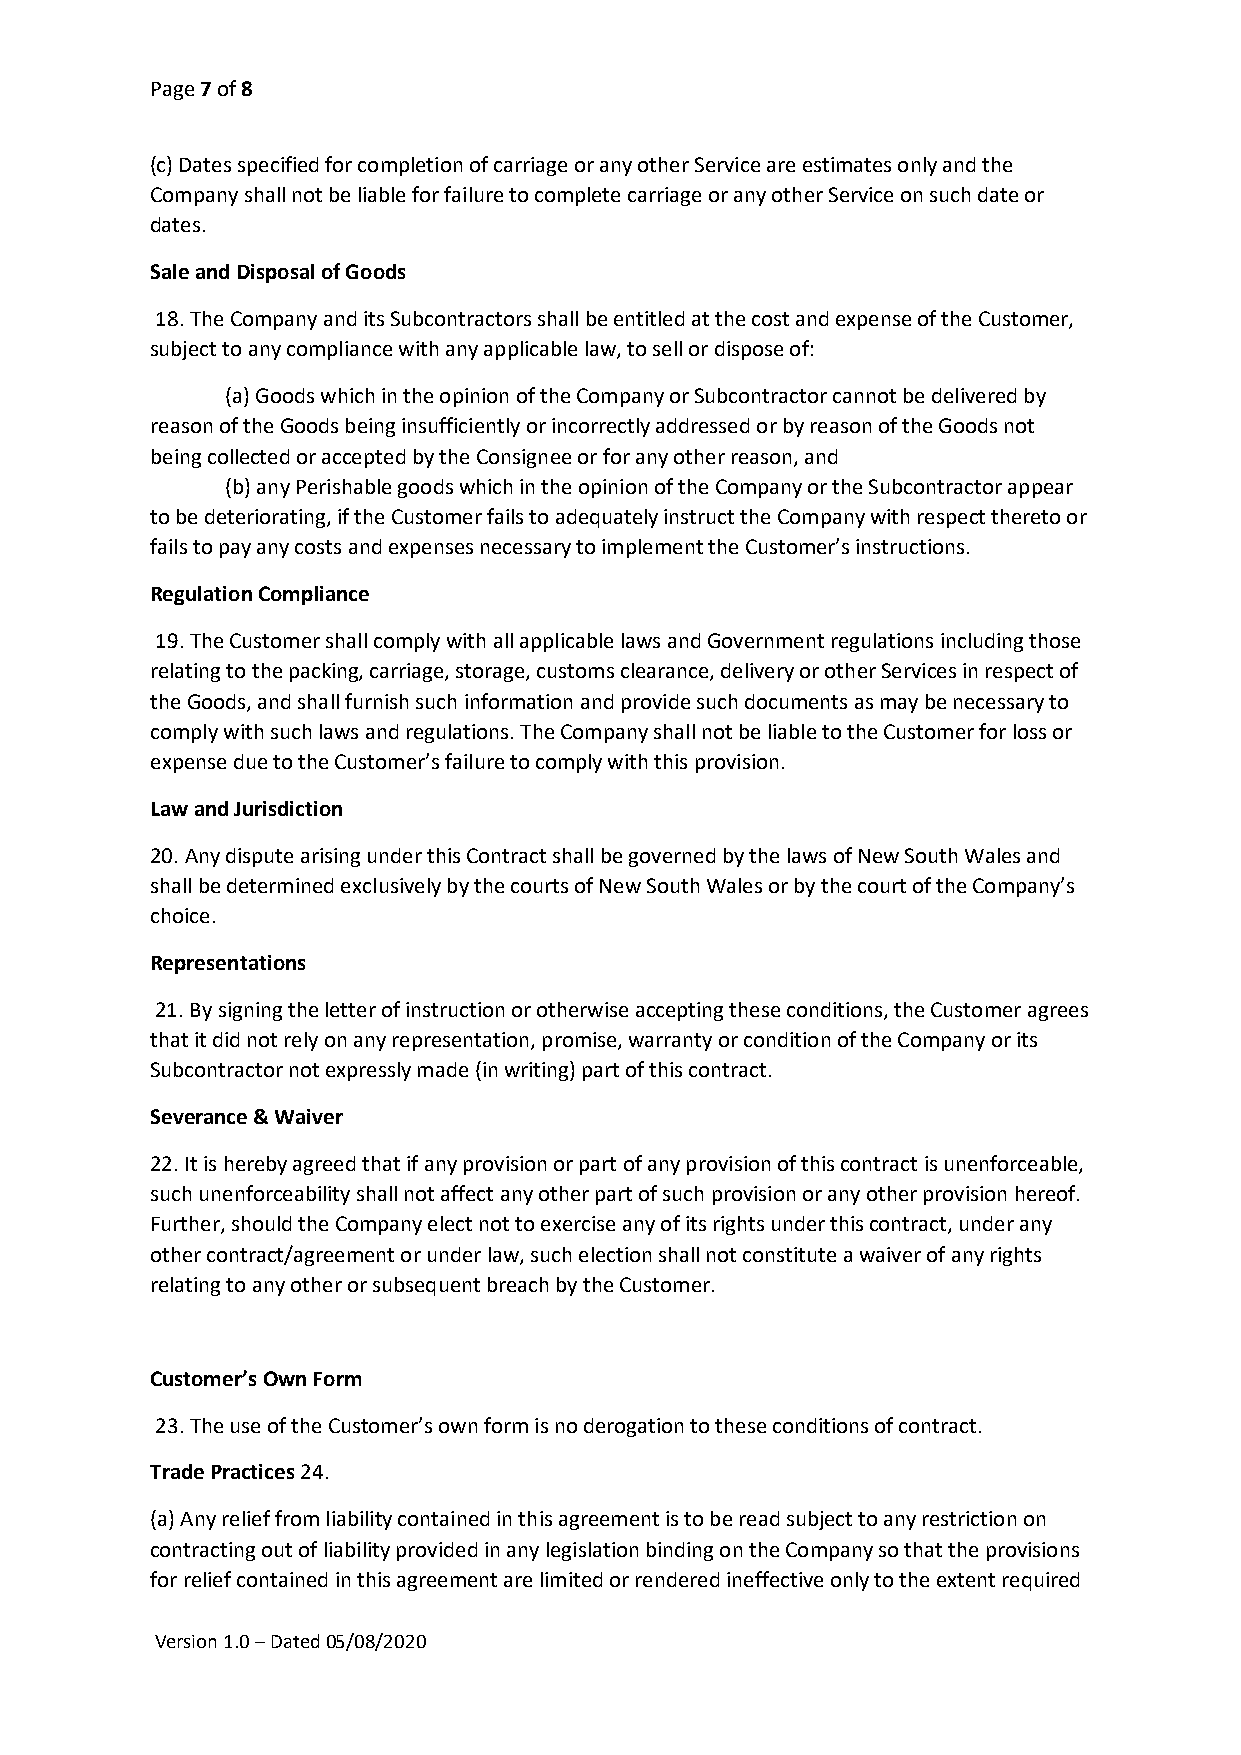
Page 7 of 8
 (c) Dates specified for completion of carriage or any other Service are estimates only and the
 Company shall not be liable for failure to complete carriage or any other Service on such date or
 dates.
 Sale and Disposal of Goods
 18. The Company and its Subcontractors shall be entitled at the cost and expense of the Customer,
 subject to any compliance with any applicable law, to sell or dispose of:
 (a) Goods which in the opinion of the Company or Subcontractor cannot be delivered by
 reason of the Goods being insufficiently or incorrectly addressed or by reason of the Goods not
 being collected or accepted by the Consignee or for any other reason, and
 (b) any Perishable goods which in the opinion of the Company or the Subcontractor appear
 to be deteriorating, if the Customer fails to adequately instruct the Company with respect thereto or
 fails to pay any costs and expenses necessary to implement the Customer’s instructions.
 Regulation Compliance
 19. The Customer shall comply with all applicable laws and Government regulations including those
 relating to the packing, carriage, storage, customs clearance, delivery or other Services in respect of
 the Goods, and shall furnish such information and provide such documents as may be necessary to
 comply with such laws and regulations. The Company shall not be liable to the Customer for loss or
 expense due to the Customer’s failure to comply with this provision.
 Law and Jurisdiction
 20. Any dispute arising under this Contract shall be governed by the laws of New South Wales and
 shall be determined exclusively by the courts of New South Wales or by the court of the Company’s
 choice.
 Representations
 21. By signing the letter of instruction or otherwise accepting these conditions, the Customer agrees
 that it did not rely on any representation, promise, warranty or condition of the Company or its
 Subcontractor not expressly made (in writing) part of this contract.
 Severance & Waiver
 22. It is hereby agreed that if any provision or part of any provision of this contract is unenforceable,
 such unenforceability shall not affect any other part of such provision or any other provision hereof.
 Further, should the Company elect not to exercise any of its rights under this contract, under any
 other contract/agreement or under law, such election shall not constitute a waiver of any rights
 relating to any other or subsequent breach by the Customer.
 Customer’s Own Form
 23. The use of the Customer’s own form is no derogation to these conditions of contract.
 Trade Practices 24.
 (a) Any relief from liability contained in this agreement is to be read subject to any restriction on
 contracting out of liability provided in any legislation binding on the Company so that the provisions
 for relief contained in this agreement are limited or rendered ineffective only to the extent required
 Version 1.0 – Dated 05/08/2020